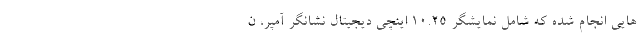
هایی انجام شده که شامل نمایشگر 10.25 اینچی دیجیتال نشانگر آمپر، ن